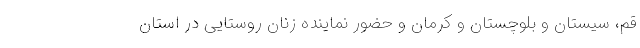
قم، سیستان و بلوچستان و کرمان و حضور نماینده زنان روستایی در استان